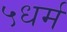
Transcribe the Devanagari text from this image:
५धर्म